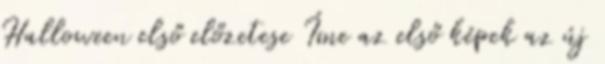
Halloween első előzetese Íme az első képek az új